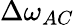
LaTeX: \Delta\omega_{AC}